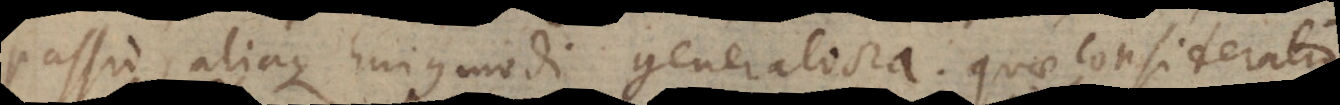
Passio, aliaque hujusmodi generaliora; quae considerati